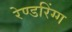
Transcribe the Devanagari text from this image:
रेण्डरिंग्ग